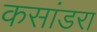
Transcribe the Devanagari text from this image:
कसांडरा